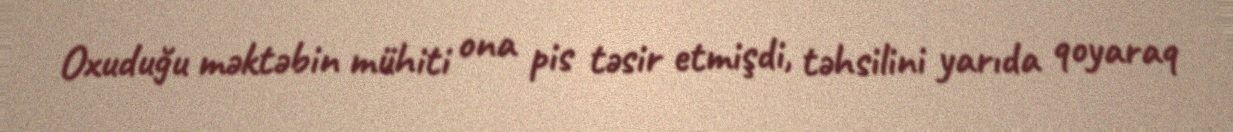
Oxuduğu məktəbin mühiti ona pis təsir etmişdi, təhsilini yarıda qoyaraq